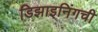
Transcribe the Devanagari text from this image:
डिझाइनिंगची